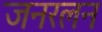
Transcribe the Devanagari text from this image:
जनरलन